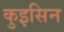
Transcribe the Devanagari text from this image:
कुइसिन